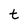
Character: t